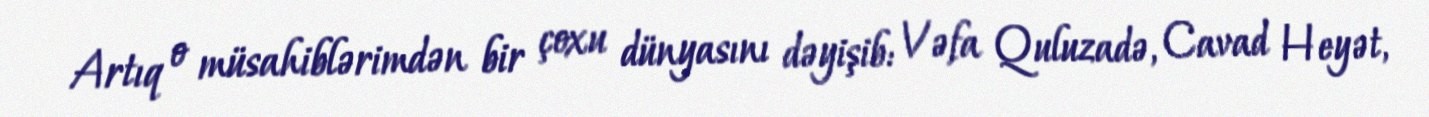
Artıq o müsahiblərimdən bir çoxu dünyasını dəyişib: Vəfa Quluzadə, Cavad Heyət,